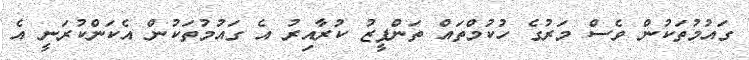
ގައުމުތަކުން ވެސް މަރުގެ ހުކުމްތައް ތަންފީޒު ކުރާއިރު އެ ގައުމުތަކުން އެކަންކުރަނީ އެ